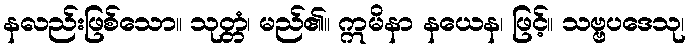
နလည်းဖြစ်သော။ သုတ္တံ၊ မည်၏။ ဣမိနာ နယေန၊ ဖြင့်။ သဗ္ဗပဒေသု၊